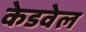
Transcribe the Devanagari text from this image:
केडवेल